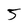
Character: 5